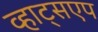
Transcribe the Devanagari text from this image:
व्हाट्सएप